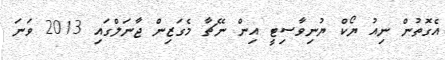
އެގޮތުން ނިއު ޔޯކް ޔުނިވާސިޓީ އިން ނޭޗާ މެގަޒިން ޖާނަލްގައި 2013 ވަނަ